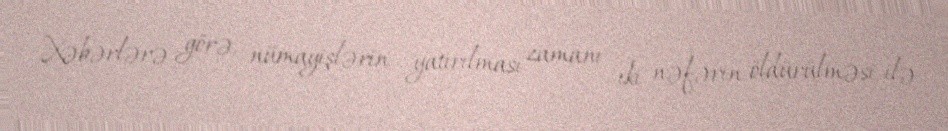
Xəbərlərə görə, nümayişlərin yatırılması zamanı iki nəfərin öldürülməsi ilə